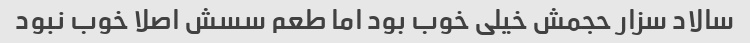
سالاد سزار حجمش خیلی خوب بود اما طعم سسش اصلا خوب نبود